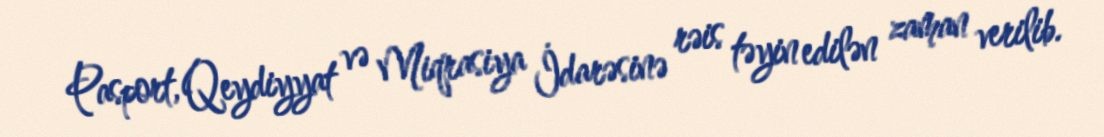
Pasport, Qeydiyyat və Miqrasiya İdarəsinə rəis təyin edilən zaman verilib.